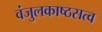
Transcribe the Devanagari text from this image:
वंजुलकाष्ठसत्व